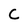
Character: C